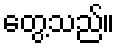
တွေ့သည်။